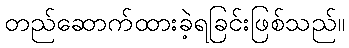
တည်ဆောက်ထားခဲ့ရခြင်းဖြစ်သည်။